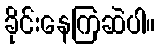
ခိုင်းနေကြဆဲပါ။